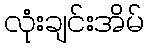
လုံးချင်းအိမ်